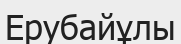
Ерубайұлы